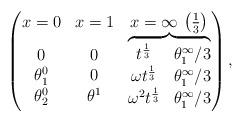
LaTeX: \begin{gather*}\left(\begin{matrix} x=0 & x=1 & x=\infty \, \left( \frac13 \right) \\\begin{matrix} 0 \\ \theta^0_1 \\ \theta^0_2 \end{matrix}& \begin{matrix} 0 \\ 0 \\ \theta^1 \end{matrix}&\overbrace{\begin{matrix} t^{\frac13} & \theta^\infty_1/3 \\ \omega t^{\frac13} & \theta^\infty_1/3 \\ \omega^2 t^{\frac13} & \theta^\infty_1/3 \\ \end{matrix}}\end{matrix}\right) ,\end{gather*}